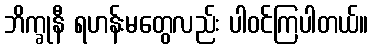
ဘိက္ခုနီ ရဟန်းမတွေလည်း ပါဝင်ကြပါတယ်။